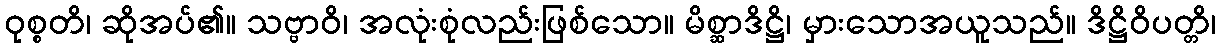
ဝုစ္စတိ၊ ဆိုအပ်၏။ သဗ္ဗာဝိ၊ အလုံးစုံလည်းဖြစ်သော။ မိစ္ဆာဒိဋ္ဌိ၊ မှားသောအယူသည်။ ဒိဋ္ဌိဝိပတ္တိ၊